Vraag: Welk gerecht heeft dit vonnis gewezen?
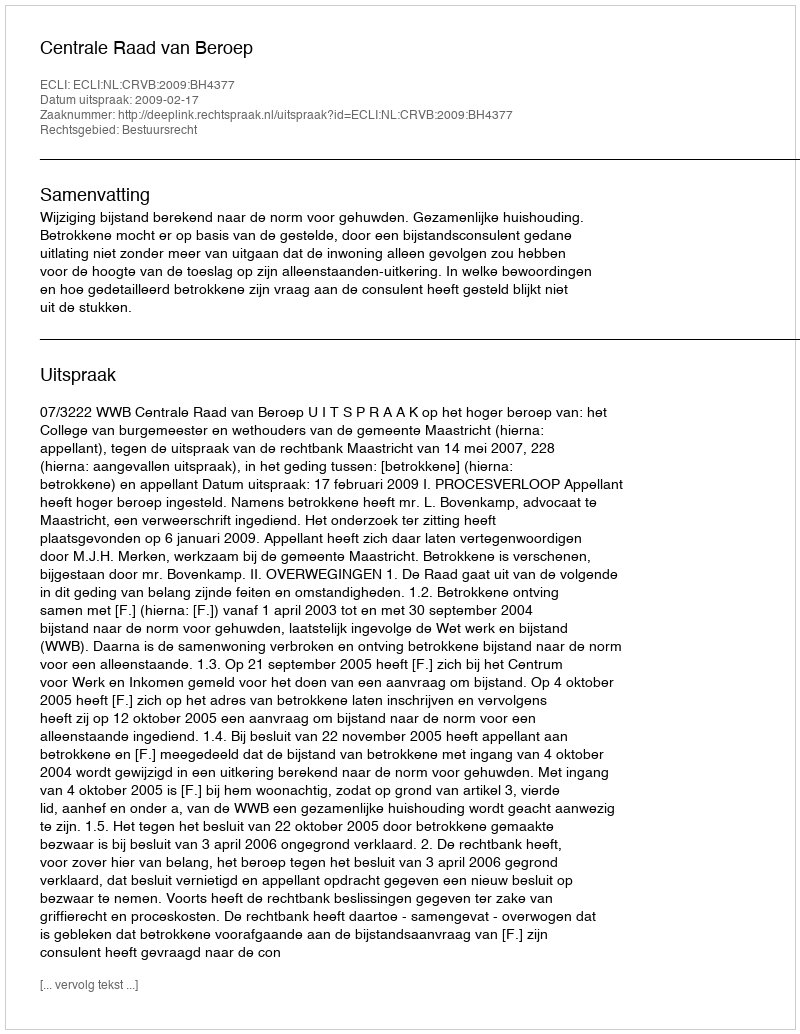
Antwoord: Centrale Raad van Beroep